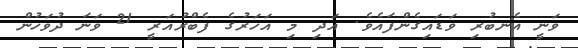
ވަނީ އެނބުރި ވަޑައިގެންފައެވެ. އަދި މި އަހަރުގެ ފެބްރުއަރީ 21 ވަނަ ދުވަހުން